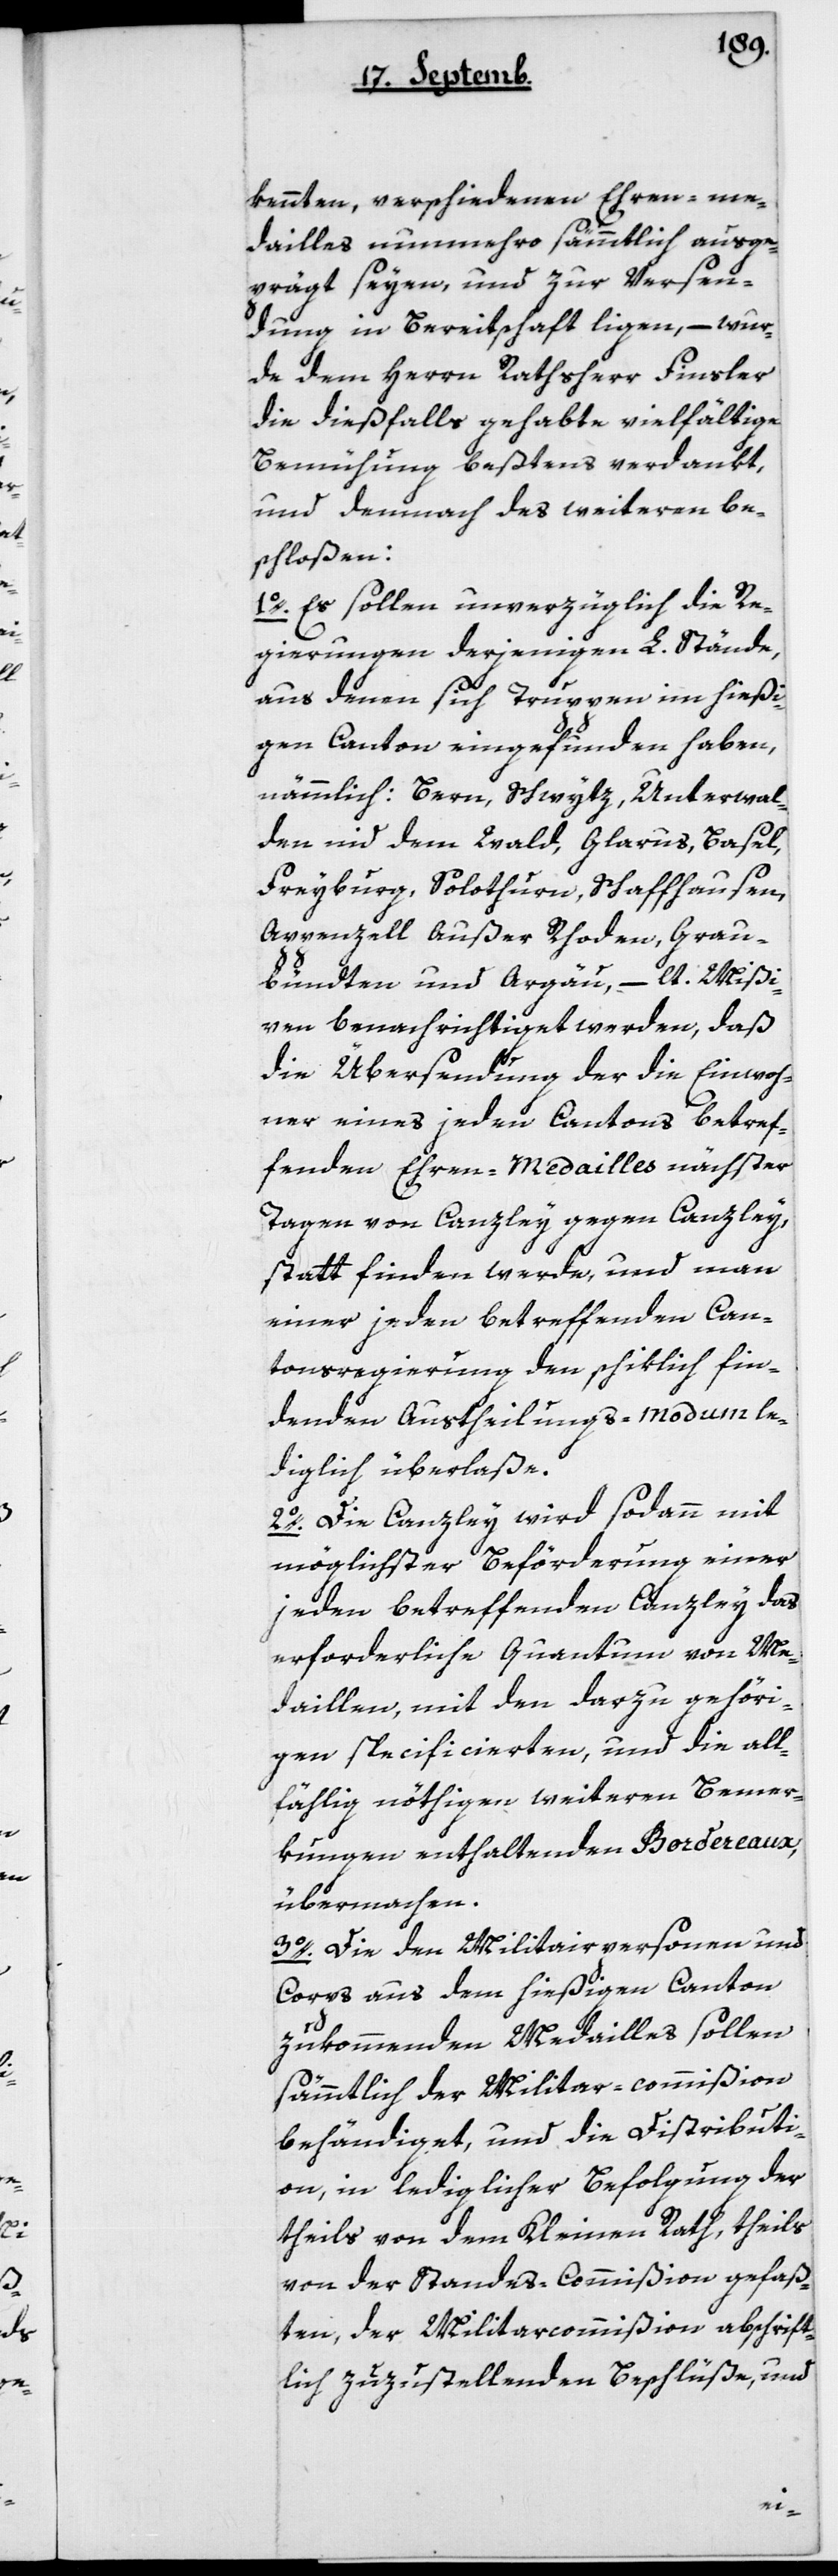
lt.

R., Graub¬
kannten, verschiedenen Ehren-Me¬
dailles nunmehro sämtlich ausge¬
prägt seyen, und zur Versend¬
ung in Bereitschaft liegen, – wur¬
de dem Herrn Rathsherr Finsler
die dießfalls gehabte vielfältige
Bemühung bestens verdankt,
und demnach des Weiteren be¬
schloßen:
1o. Es sollen unverzüglich die Re¬
gierungen derjenigen L. Stände,
aus denen sich Truppen im hießi¬
gen Canton eingefunden haben,
nämmlich: Bern, Schwytz, Unterwal¬
den nid dem Wald, Glarus, Basel,
Freyburg, Solothurn, Schaffhausen,
ündten und Argau, – lau
ven benachrichtiget werden, daß
die Übersendung der die Einwoh¬
ner eines jeden Cantons betref¬
fenden Ehren-Medailles nächster
Tagen von Canzley gegen Canzley
stattfinden werde, und man
einer jeden betreffenden Can¬
tonsregierung den schiklich fin¬
denden Austheilungs-Modum le¬
diglich überlaße.
2o. Die Canzley wird sodann mit
möglichster Beförderung einer
jeden betreffenden Canzley das
erforderliche Quantum von Me¬
daillen, mit den darzu gehöri¬
gen specificierten, und die all¬
fällig nöthigen weiteren Bemer¬
kungen enthaltenden Bordereaux
übermachen.
3o. Die den Militairpersonen und
Corps aus dem hießigen Canton
zukommenden Medailles sollen
sämmtlich der Militarcommißion
behändiget, und die Distributi¬
on, in lediglicher Befolgung der
theils von dem Kleinen Rath, theils
von der Standes-Commißion gefaß¬
ten, der Militarcommißion abschrift¬
lich zuzustellenden Beschlüße, und
Mißi¬